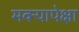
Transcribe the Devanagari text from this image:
मक्यापेक्षा